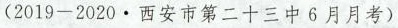
(2019-2020·西安市第二十三中6月月考)